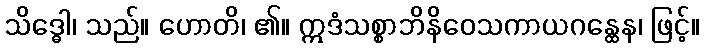
သိဒ္ဓေါ၊ သည်။ ဟောတိ၊ ၏။ ဣဒံသစ္စာဘိနိဝေသကာယဂန္ထေန၊ ဖြင့်။